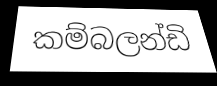
කම්බලන්ඩි